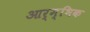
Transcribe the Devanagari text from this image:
आर्म्भिक